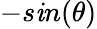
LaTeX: -s\mathit{i}n(\theta)